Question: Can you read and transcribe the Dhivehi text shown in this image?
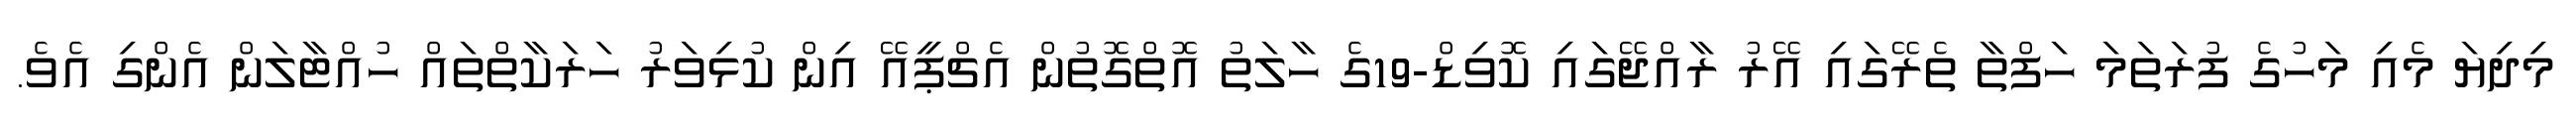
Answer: މިދިޔަ މެއި މަހުގެ ފުރަތަމަ ހަފްތާ ތެރޭގައި އޭރު ރާއްޖޭގައި ކޮވިޑް-19ގެ ހާލަތު އޮތްގޮތުން އެޗްޕީއޭ އިން ކުޅިވަރު ހަރަކާތްތައް ހުއްޓާލަން އެންގި އެވެ.